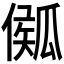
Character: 𤬈